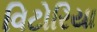
વિટોરિયા